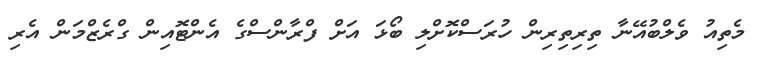
މެތިއު ވެލްބުއޭނާ ތިރިތިރިން ހުރަސްކޮށްލި ބޯޅަ އަށް ފްރާންސްގެ އެންޓޮއިން ގްރެޒްމަން އެރި